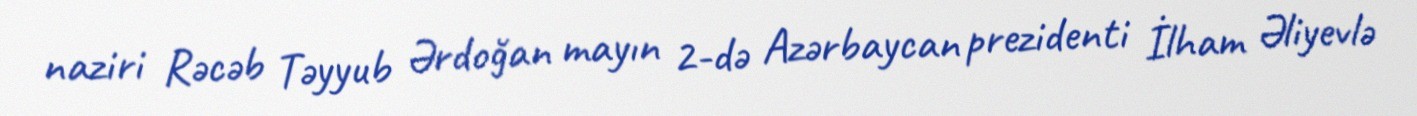
naziri Rəcəb Təyyub Ərdoğan mayın 2-də Azərbaycan prezidenti İlham Əliyevlə